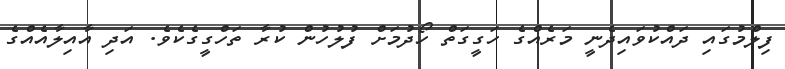
ފިލްމުގައި ދައްކުވައިދެނީ މަރެއްގެ ހަގީގަތް ހޯދުމަށް ފުލުހުން ކުރާ ތަހްގީގެކެވެ. އަދި އާއިލާއެއްގެ